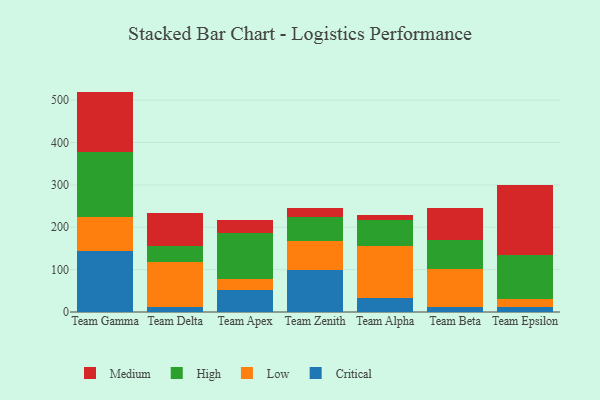
{"axis": {"x": "Team", "y": "Humidity (%)"}, "legend": ["Critical", "High", "Low", "Medium"], "data": [{"x": "Team Gamma", "y": 143.8, "type": "Critical"}, {"x": "Team Gamma", "y": 79.5, "type": "Low"}, {"x": "Team Gamma", "y": 153.4, "type": "High"}, {"x": "Team Gamma", "y": 143.5, "type": "Medium"}, {"x": "Team Delta", "y": 12.7, "type": "Critical"}, {"x": "Team Delta", "y": 106.4, "type": "Low"}, {"x": "Team Delta", "y": 37.4, "type": "High"}, {"x": "Team Delta", "y": 76.6, "type": "Medium"}, {"x": "Team Apex", "y": 52.4, "type": "Critical"}, {"x": "Team Apex", "y": 26.5, "type": "Low"}, {"x": "Team Apex", "y": 108.1, "type": "High"}, {"x": "Team Apex", "y": 29.3, "type": "Medium"}, {"x": "Team Zenith", "y": 98.6, "type": "Critical"}, {"x": "Team Zenith", "y": 68.3, "type": "Low"}, {"x": "Team Zenith", "y": 58.4, "type": "High"}, {"x": "Team Zenith", "y": 20.8, "type": "Medium"}, {"x": "Team Alpha", "y": 32.3, "type": "Critical"}, {"x": "Team Alpha", "y": 123.3, "type": "Low"}, {"x": "Team Alpha", "y": 61.7, "type": "High"}, {"x": "Team Alpha", "y": 10.8, "type": "Medium"}, {"x": "Team Beta", "y": 11.5, "type": "Critical"}, {"x": "Team Beta", "y": 89.6, "type": "Low"}, {"x": "Team Beta", "y": 68.7, "type": "High"}, {"x": "Team Beta", "y": 75.7, "type": "Medium"}, {"x": "Team Epsilon", "y": 11.0, "type": "Critical"}, {"x": "Team Epsilon", "y": 19.7, "type": "Low"}, {"x": "Team Epsilon", "y": 104.7, "type": "High"}, {"x": "Team Epsilon", "y": 165.3, "type": "Medium"}]}